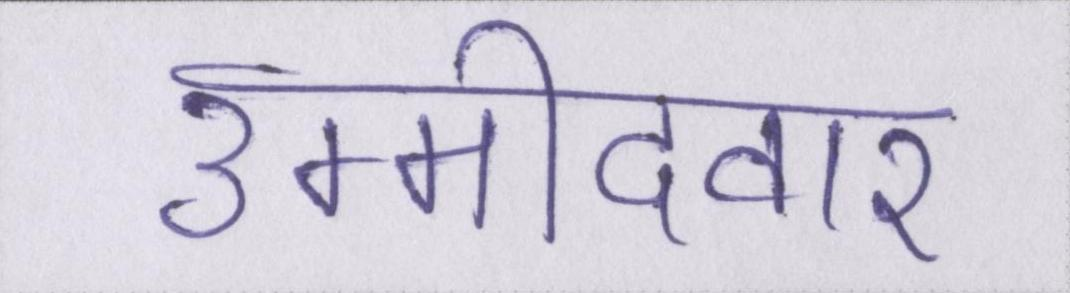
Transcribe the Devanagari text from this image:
उम्मीदवार